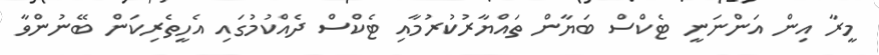
މީރާ އިން އަންނަނީ ޓެކްސް ބަޔާން ތައްޔާރުކުރުމާއި ޓެކްސް ދެއްކުމުގައި އެހީތެރިކަން ބޭނުންވާ